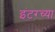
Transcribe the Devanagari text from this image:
इंटरच्या